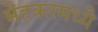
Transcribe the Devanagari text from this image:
मेहकरमध्ये